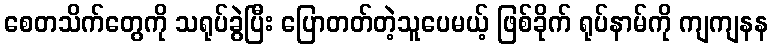
စေတသိက်တွေကို သရုပ်ခွဲပြီး ပြောတတ်တဲ့သူပေမယ့် ဖြစ်ခိုက် ရုပ်နာမ်ကို ကျကျနန